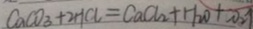
C a C O _ { 3 } + 2 H C l = C a C l _ { 2 } + H _ { 2 } O + C O _ { 2 } \uparrow